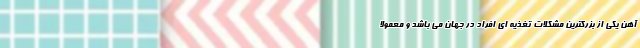
آهن یکی از بزرگترین مشکلات تغذیه ای افراد در جهان می باشد و معمولاً